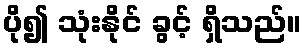
ပို၍ သုံးနိုင် ခွင့် ရှိသည်။